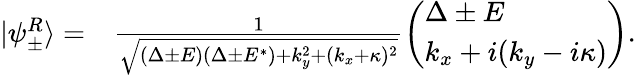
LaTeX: \begin{array}{rl}{|\psi_{\pm}^{R}\rangle=}&{{}\frac{1}{\sqrt{(\Delta\pm E)(\Delta\pm E^{*})+k_{y}^{2}+(k_{x}+\kappa)^{2}}}\left(\begin{array}{l}{\Delta\pm E}\\ {k_{x}+i(k_{y}-i\kappa)}\end{array}\right).}\end{array}